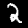
Label: 2